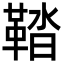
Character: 鞜